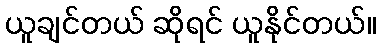
ယူချင်တယ် ဆိုရင် ယူနိုင်တယ်။